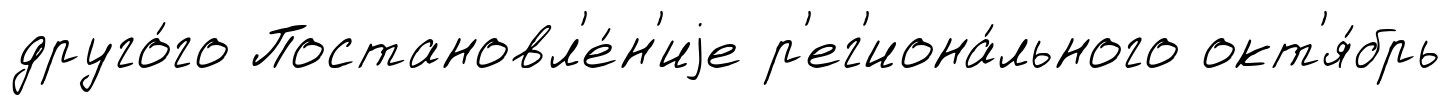
друго́го Постановл'е́н'иjе р'ег'иона́льного окт'я́брь